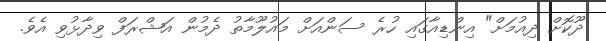
ދޫކޮށް ދިއުމަށް" އިންޑިއާގައި ހުރެ ސަންއަށް މައުލޫމާތު ދެމުން އަޝްރަފް ވިދާޅުވި އެވެ.